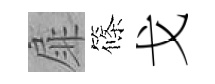
扉篠戈